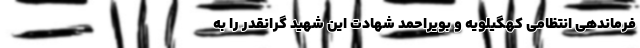
فرماندهی انتظامی کهگیلویه و بویراحمد شهادت این شهید گرانقدر را به